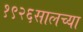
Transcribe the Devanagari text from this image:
१९२६सालच्या